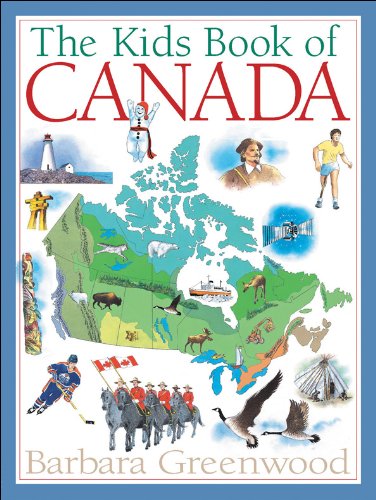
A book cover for The Kids Book of Canada; Barbara Greenwood; Children's Books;